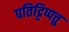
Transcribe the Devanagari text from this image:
पतिट्टिप्पत्तु